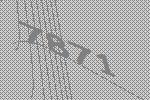
7871